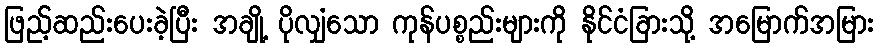
ဖြည့်ဆည်းပေးခဲ့ပြီး အချို့ ပိုလျှံသော ကုန်ပစ္စည်းများကို နိုင်ငံခြားသို့ အမြောက်အမြား